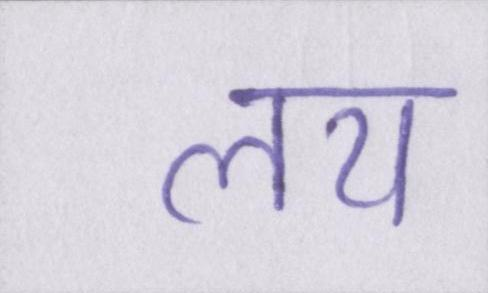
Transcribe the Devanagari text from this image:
लय